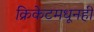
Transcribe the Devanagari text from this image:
क्रिकेटमधूनही